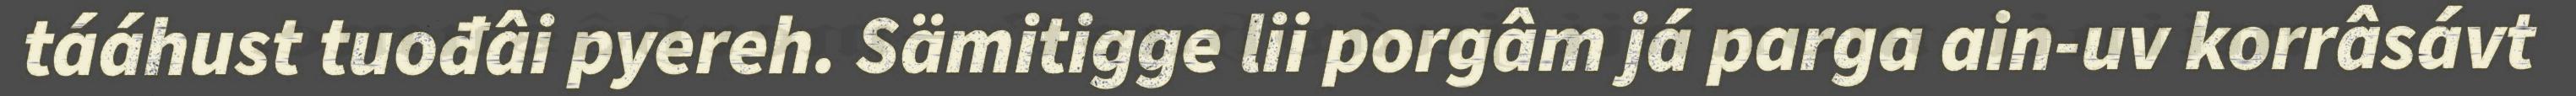
tááhust tuođâi pyereh. Sämitigge lii porgâm já parga ain-uv korrâsávt